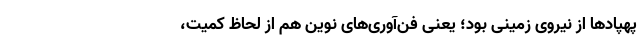
پهپادها از نیروی زمینی بود؛ یعنی فن‌آوری‌های نوین هم از لحاظ کمیت،